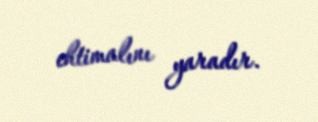
ehtimalını yaradır.